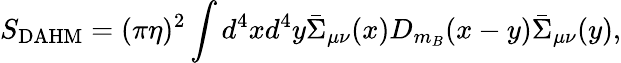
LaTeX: S_{\mathrm{DAHM}}=(\pi\eta)^{2}\int d^{4}xd^{4}y\bar{\Sigma}_{\mu\nu}(x)D_{m_{B}}(x-y)\bar{\Sigma}_{\mu\nu}(y),